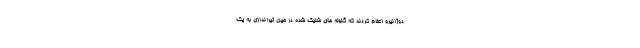
دوژانیرو اعلام کردند که گلوله های شلیک شده در حین تیراندازی به یک